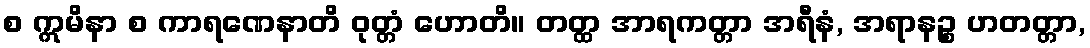
စ ဣမိနာ စ ကာရဏေနာတိ ဝုတ္တံ ဟောတိ။ တတ္ထ အာရကတ္တာ အရီနံ, အရာနဉ္စ ဟတတ္တာ,